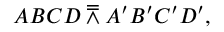
A B C D \doublebarwedge A ^ { \prime } B ^ { \prime } C ^ { \prime } D ^ { \prime } ,